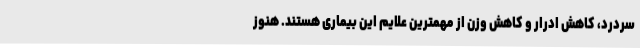
سردرد، کاهش ادرار و کاهش وزن از مهمترین علایم این بیماری هستند. هنوز